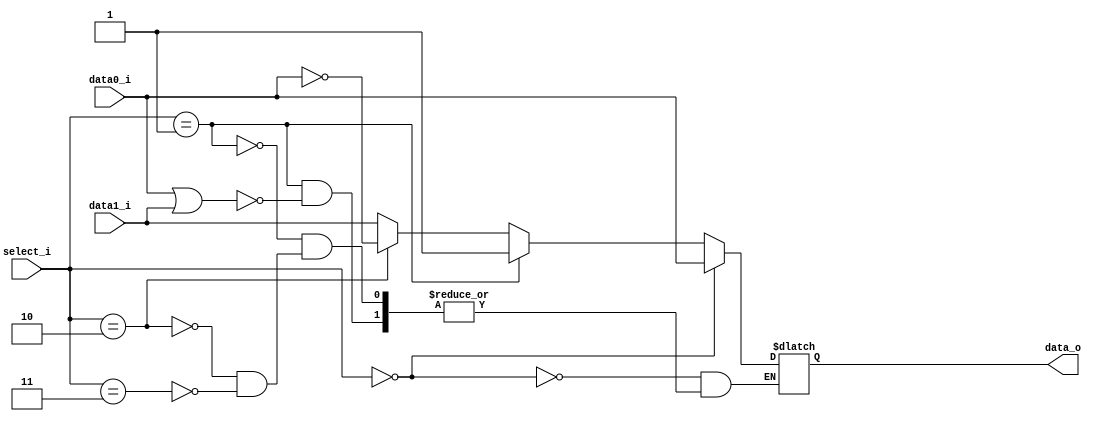
`timescale 1ns / 1ps
//////////////////////////////////////////////////////////////////////////////////
// Company: 
// Engineer: 
// 
// Design Name: 
// Module Name: question_mark
// Project Name: 
// Target Devices: 
// Tool Versions: 
// Description: 
// 
// Dependencies: 
// 
// Revision:
// Revision 0.01 - File Created
// Additional Comments:(0516034) (0516313)
// 
//////////////////////////////////////////////////////////////////////////////////


module question_mark(
    data0_i,
    data1_i,
    select_i,
    data_o
);
           

//I/O ports               
input   data0_i;          
input   data1_i;
input [2:0] select_i;
output  data_o; 

//Internal Signals
reg     data_o;

//Main function
always @ (data0_i or data1_i or select_i) begin
    // beq
    if(select_i == 3'b000) begin
        data_o <= data0_i;
      end
    // ble
    else if(select_i == 3'b001) begin
        if(data0_i || data1_i) begin
            data_o <= 1'b1;
          end
      end
    // bnez
    else if(select_i == 3'b010) begin
        data_o <= ~data0_i;
      end
    // bnez
    else if(select_i == 3'b011) begin
        data_o <= data1_i;
      end
  end
endmodule